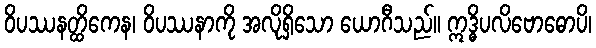
ဝိပဿနတ္ထိကေန၊ ဝိပဿနာကို အလိုရှိသော ယောဂီသည်။ ဣဒ္ဓိပလိဗောဓောပိ၊